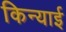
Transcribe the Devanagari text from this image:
किन्याई